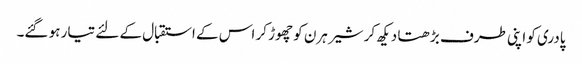
پادری کو اپنی طرف بڑھتا دیکھ کر شیر ہرن کو چھوڑ کر اس کے استقبال کے لئے تیار ہو گئے۔